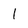
Character: 1